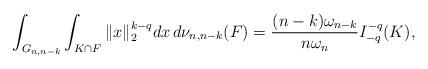
LaTeX: \begin{align*}\int_{G_{n,n-k}}\int_{K\cap F}\|x\|_2^{k-q}dx\,d\nu_{n,n-k}(F)=\frac{(n-k)\omega_{n-k}}{n\omega_n}I_{-q}^{-q}(K),\end{align*}